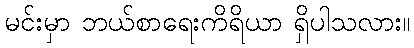
မင်းမှာ ဘယ်စာရေးကိရိယာ ရှိပါသလား။